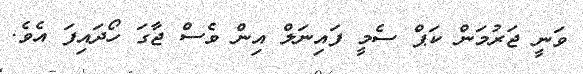
ވަނީ ޖަރުމަން ކަޕް ސެމީ ފައިނަލް އިން ވެސް ޖާގަ ހޯދައިފަ އެވެ.